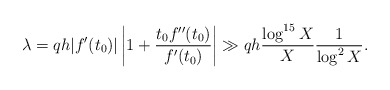
\begin{align*}\lambda = qh |f'(t_0)| \left| 1 + \frac{t_0 f''(t_0)}{f'(t_0)}\right| \gg qh \frac{\log^{15} X}{X} \frac{1}{\log^2 X}.\end{align*}